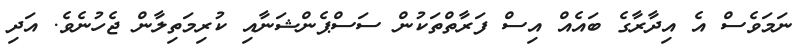
ނަމަވެސް އެ އިދާރާގެ ބައެއް އިސް ފަރާތްތަަކުން ސަސްޕެންޝަނާއި ކުރިމަތިލާން ޖެހުނެވެ. އަދި